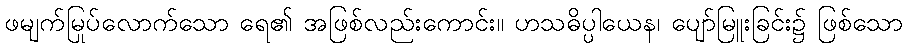
ဖမျက်မြုပ်လောက်သော ရေ၏ အဖြစ်လည်းကောင်း။ ဟသဓိပ္ပါယေန၊ ပျော်မြူးခြင်း၌ ဖြစ်သော